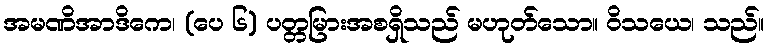
အမဏိအာဒိကေ၊ (ပေ ၆) ပတ္တမြားအစရှိသည် မဟုတ်သော။ ဝိသယေ၊ သည်။